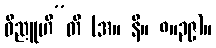
ဝိညူဟီ”တိ (အ။ နိ။ ၈။၃၉)။